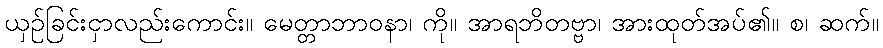
ယှဉ်ခြင်းငှာလည်းကောင်း။ မေတ္တာဘာဝနာ၊ ကို။ အာရဘိတဗ္ဗာ၊ အားထုတ်အပ်၏။ စ၊ ဆက်။